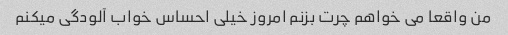
من واقعا می خواهم چرت بزنم امروز خیلی احساس خواب آلودگی میکنم